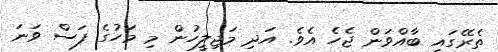
ތެރޭގައި ބާއްވަން ޖެހެ އެވެ. އަދި މަޖިލީހުން މި މަހުގެ ފަސް ވަނަ